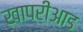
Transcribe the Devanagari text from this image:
खापरीआड